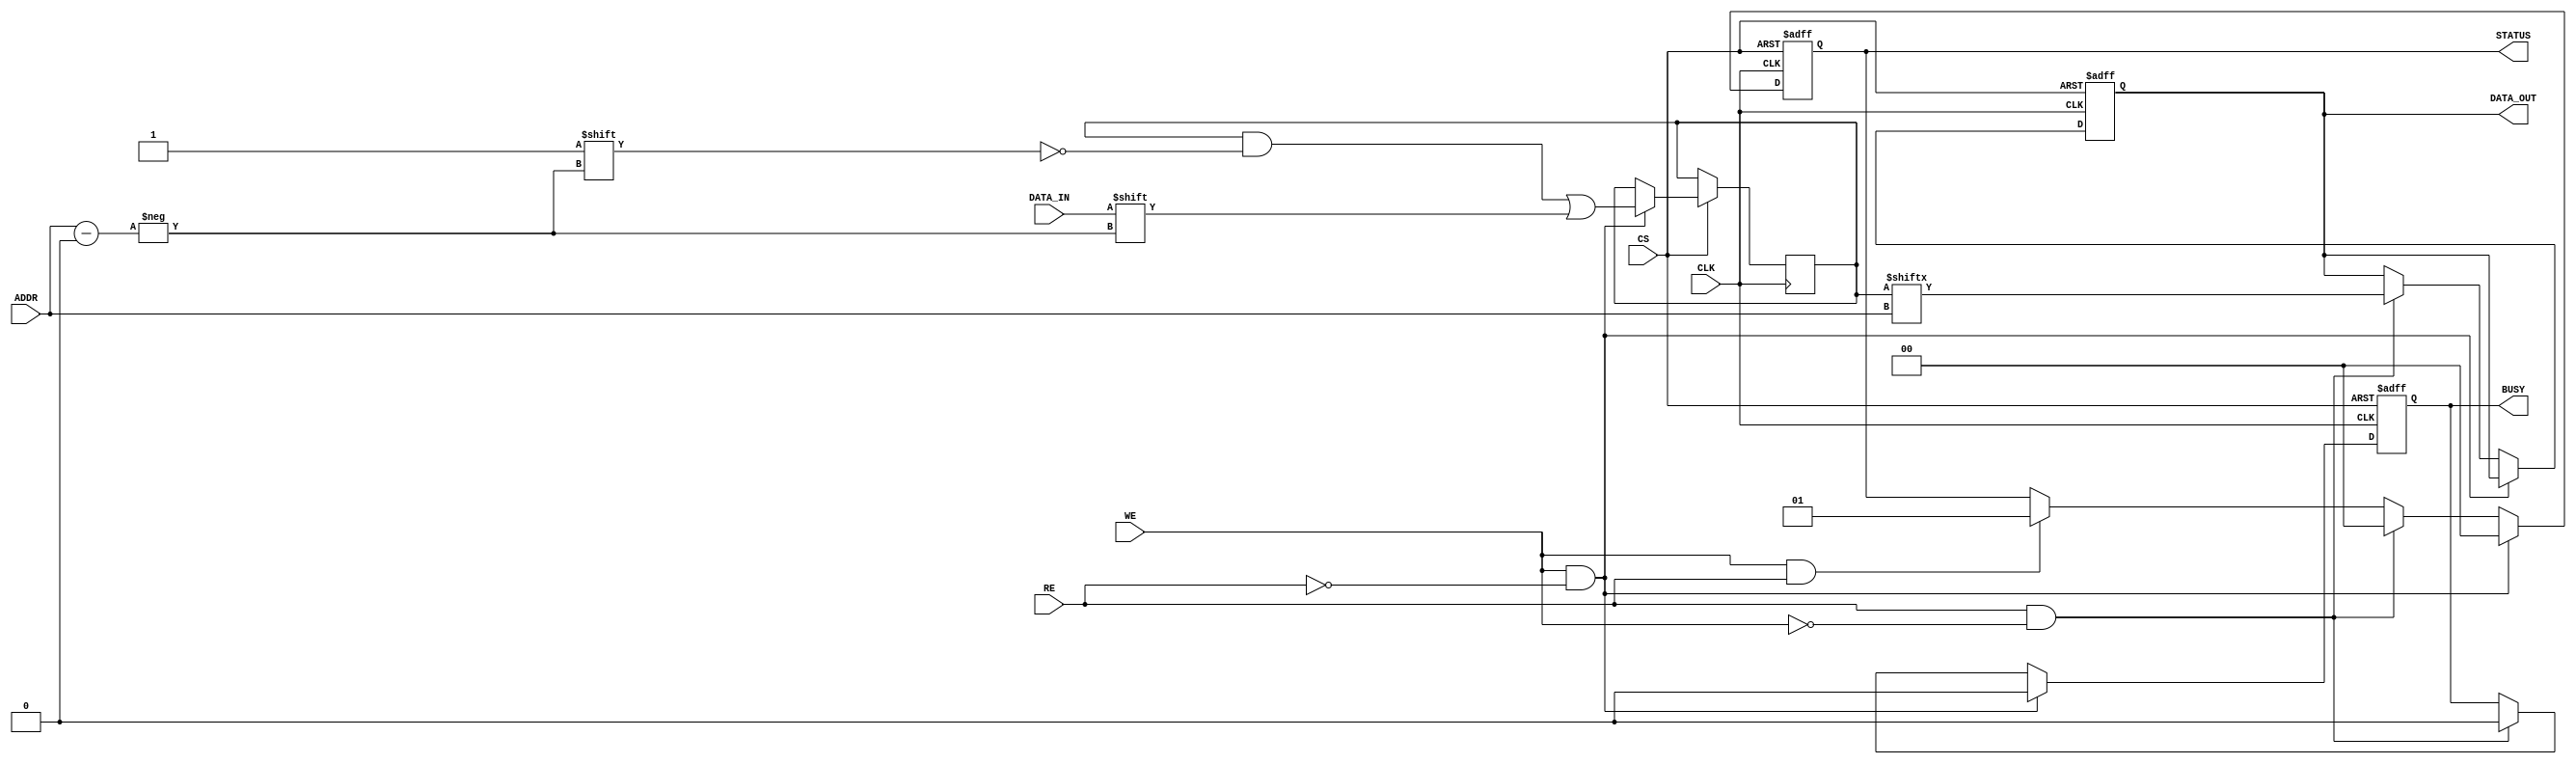
module slc_eeprom_io (
    input wire [ADDR_WIDTH-1:0] ADDR,    // Address input
    input wire DATA_IN,                  // Data input
    input wire WE,                       // Write Enable
    input wire RE,                       // Read Enable
    input wire CS,                       // Chip Select
    input wire CLK,                      // Clock
    output reg DATA_OUT,                 // Data output
    output reg BUSY,                     // Busy indicator
    output reg [1:0] STATUS              // Status signal
);
    parameter ADDR_WIDTH = 8;            // Define address width
    parameter MEMORY_SIZE = 256;         // Define memory size (2^ADDR_WIDTH)
    
    reg [MEMORY_SIZE-1:0] memory;        // Memory array (1 bit per cell)
    reg [ADDR_WIDTH-1:0] current_addr;   // Current address for read/write operations

    // State encoding for STATUS
    localparam STATUS_OK = 2'b00;
    localparam STATUS_ERROR = 2'b01;
    localparam STATUS_BUSY = 2'b10;

    // Sequential logic for read and write operations
    always @(posedge CLK or negedge CS) begin
        if (!CS) begin
            // Reset outputs and internal state
            DATA_OUT <= 1'b0;
            BUSY <= 1'b0;
            STATUS <= STATUS_OK;
        end else begin
            if (WE && !RE) begin
                // Write operation
                BUSY <= 1'b1;
                current_addr <= ADDR;
                memory[ADDR] <= DATA_IN; // Store data in memory
                STATUS <= STATUS_OK; // Indicate successful write
                #1; // Simulate write delay
                BUSY <= 1'b0;
            end else if (RE && !WE) begin
                // Read operation
                BUSY <= 1'b1;
                current_addr <= ADDR;
                DATA_OUT <= memory[ADDR]; // Read data from memory
                STATUS <= STATUS_OK; // Indicate successful read
                #1; // Simulate read delay
                BUSY <= 1'b0;
            end else begin
                // If both WE and RE are asserted, set error status
                if (WE && RE) begin
                    STATUS <= STATUS_ERROR; // Indicate error state
                end
            end
        end
    end

    // Optional: Write protection logic can be added here
    // Optional: Error detection logic can be added here

endmodule